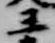
王